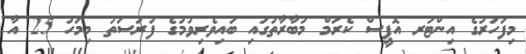
މިފަހަރުގެ އިންޓަރ އޮފީސް ކެރަމް މުބާރާތުގައި ބައިވެރިވުމުގެ ފުރުސަތު މިމަހު 25 އާ